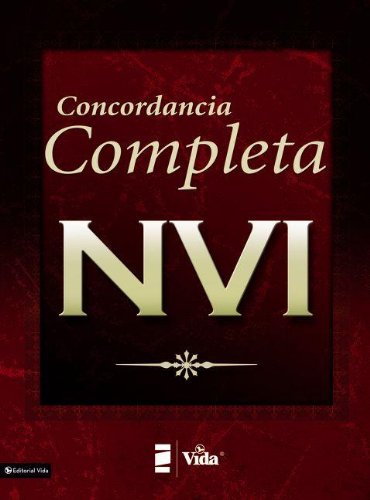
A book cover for Concordancia Completa NVI (Spanish Edition); Zondervan; Christian Books & Bibles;